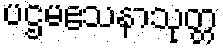
ပဌမဧသနာသုတ္တ